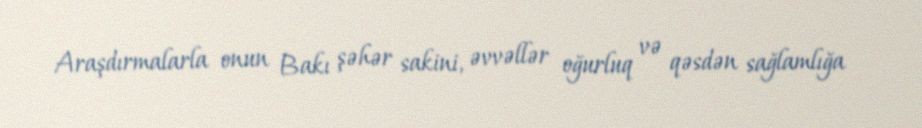
Araşdırmalarla onun Bakı şəhər sakini, əvvəllər oğurluq və qəsdən sağlamlığa